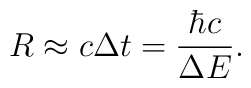
R\approx c\Delta t=\frac{\hbar c}{\Delta E}.